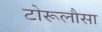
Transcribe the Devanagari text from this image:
टोरूलौसा